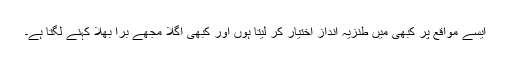
ایسے مواقع پر کبھی میں طنزیہ انداز اختیار کر لیتا ہوں اور کبھی اگلا مجھے برا بھلا کہنے لگتا ہے۔